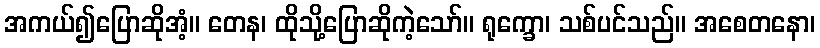
အကယ်၍ပြောဆိုအံ့။ တေန၊ ထိုသို့ပြောဆိုကဲ့သော်။ ရုက္ခော၊ သစ်ပင်သည်။ အစေတနော၊